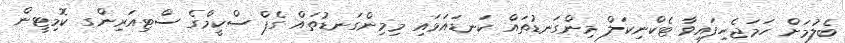
ބެލުމަށް ހަމަޖެހިފައިވާ ޓެކްނިކަލް މިންގަނޑުތައް ކަނޑައަޅައި މިމިންގަނޑުތައް ގެޕް ސްކީމްގެ ސްޓިއަރިންގ ކޮމިޓީން